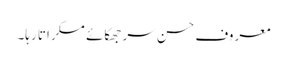
معروف حسن سر جھکائے مسکراتا رہا۔